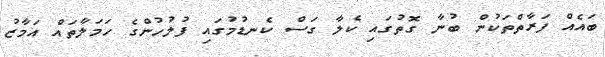
ބައެއް ފަރާތްތަކުން ބުނާ ގޮތުގައި ކެލާ ގަސް ކެނޑުމުގައި ފުލުހުންގެ ހަމަލާތައް އަމާޒު